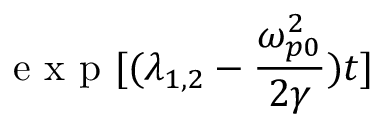
\textrm { e x p } { [ ( \lambda _ { 1 , 2 } - \frac { \omega _ { p 0 } ^ { 2 } } { 2 \gamma } ) t ] }